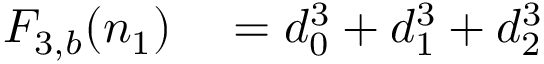
\begin{array} { r l } { F _ { 3 , b } ( n _ { 1 } ) } & { { } = d _ { 0 } ^ { 3 } + d _ { 1 } ^ { 3 } + d _ { 2 } ^ { 3 } } \end{array}